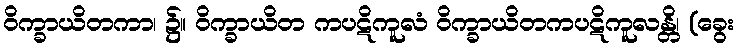
ဝိက္ခာယိတကာ၊ ၌။ ဝိက္ခာယိတ ကပဋိကူလံ ဝိက္ခာယိတကပဋိကူလန္တိ၊ (ခွေး